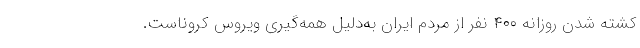
کشته شدن روزانه ۴۰۰ نفر از مردم ایران به‌دلیل همه‌گیری ویروس کروناست.